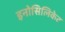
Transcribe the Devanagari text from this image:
इनोसिलिकेट